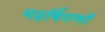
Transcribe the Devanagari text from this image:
महर्षिगणों